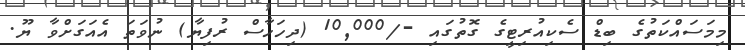
މިމަސައްކަތުގެ ބިޑް ސެކިއުރިޓީގެ ގޮތުގައި -/10